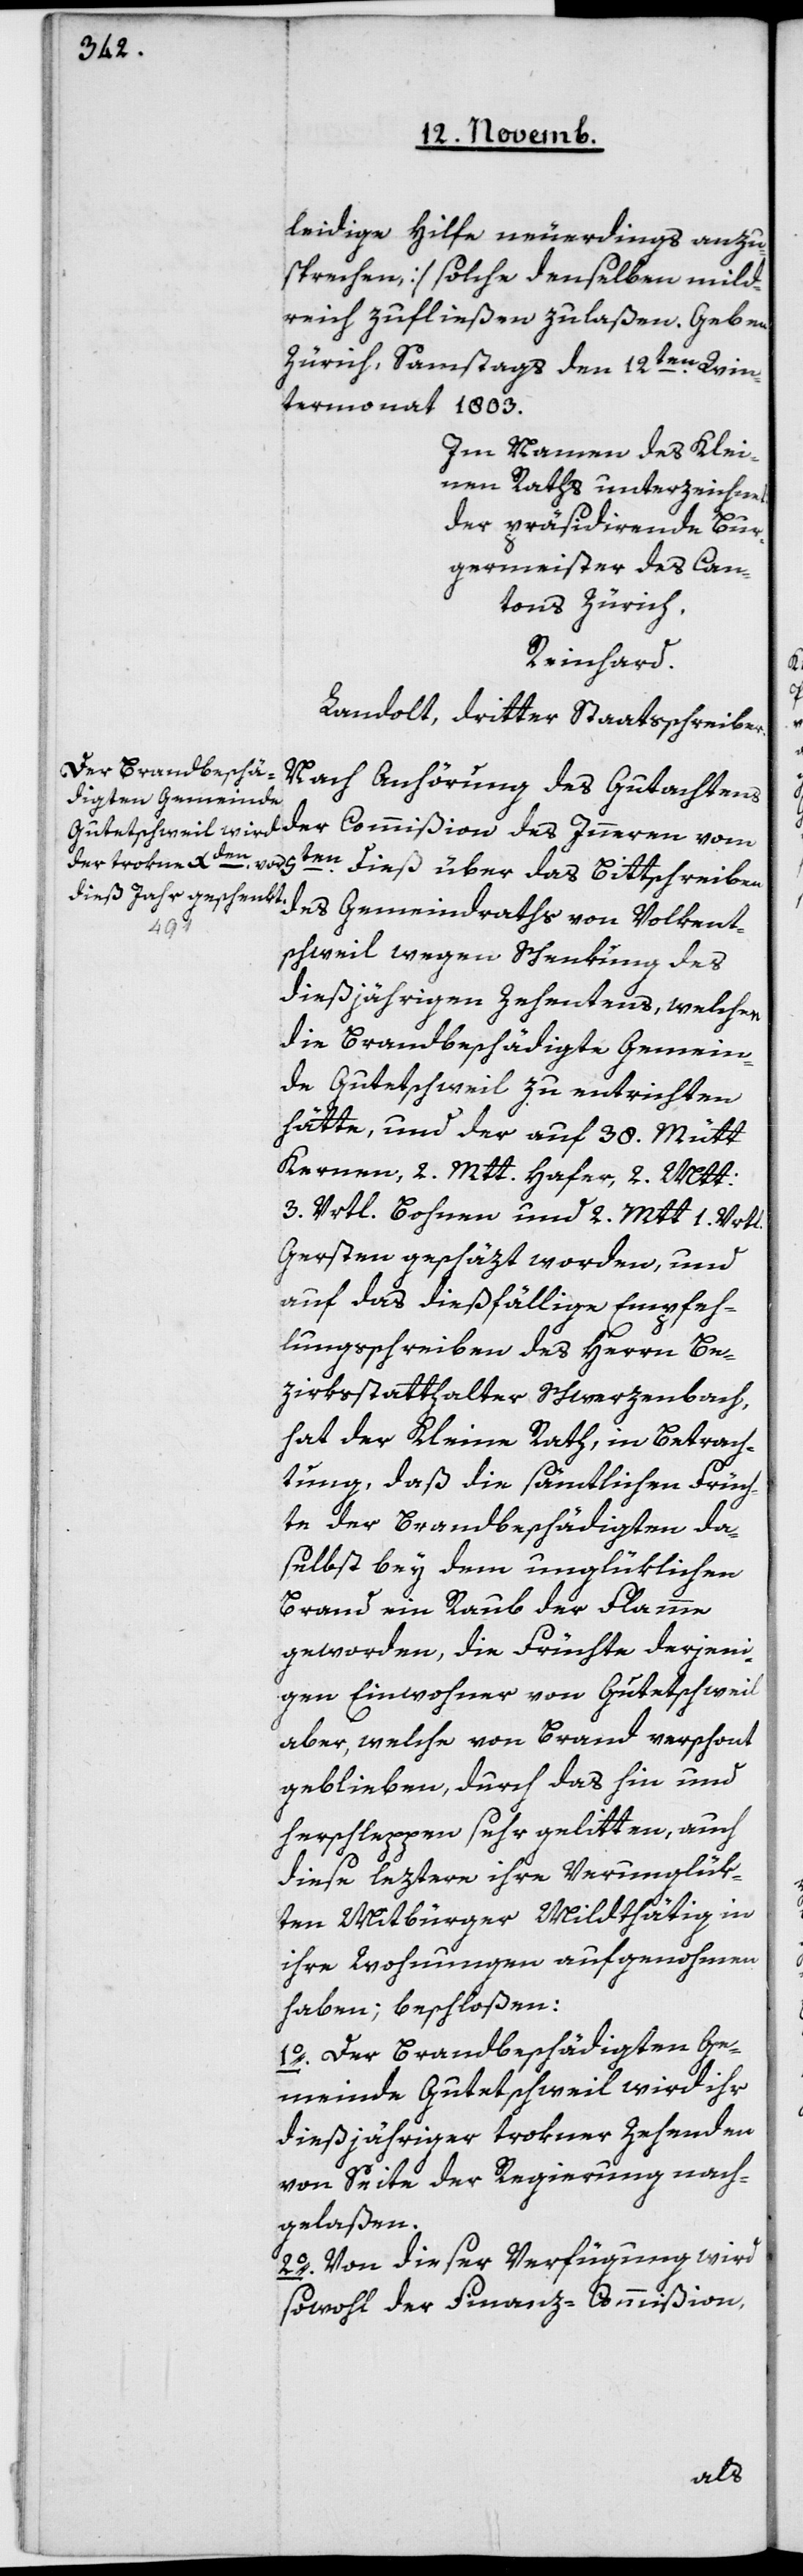
leidige Hilfe neuerdings anzu¬
sprechen] solche denselben mild¬
reich zufließen zu laßen.
Zürich, Samstags den 12ten Win¬
termonat 1803.
Im Namen des Klei¬
nen Raths unterzeichnet:
der präsidierende Bur¬
germeister des Can¬
ton Zürich,
Reinhard.
Landolt, dritter Staatsschreiber.
Nach Anhörung des Gutachtens
5ten dieß über das Bittschreiben
kent¬
schweil, wegen Schenkung des
dießjährigen Zehentens, welchen
die brandbeschädigte Gemein¬
de Gutetschweil zu entrichten
hätte, und der auf 38 Mütt
Kernen, 2 Mtt. Hafer, 2 Mtt.
3 Vrtl. Bohnen und 2 Mtt. 1 Vrtl.
Gersten geschäzt worden, und
auf das dießfällige Empfeh¬
lungsschreiben des Herrn Be¬
zirksstatthalter Schwerzenbach,
hat der Kleine Rath, in Betrach¬
tung, daß die sämtlichen Früch¬
te der Brandbeschädigten da¬
selbst bey dem unglüklichen
Brand ein Raub der Flamme
geworden, die Früchte derjeni¬
gen Einwohner von Gutetschweil
aber, welche von Brand verschont
geblieben, durch das Hin- und
Herschleppen sehr gelitten, auch
diese leztere ihre Verunglük¬
ten Mitbürger mildthätig in
ihre Wohnungen aufgenommen
haben, beschloßen:
1o Der Brandbeschädigten Ge¬
meinde Gutetschweil wird ihr
dießjähriger trokner Zehenden
von Seite der Regierung nach¬
gelaßen.
2o Von dieser Verfügung wird
sowohl der Finanz-Commißion,